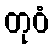
တုဝံ